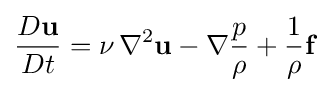
{\frac {D\mathbf {u} }{Dt}}=\nu \,\nabla ^{2}\mathbf {u} -\nabla {\frac {p}{\rho }}+{\frac {1}{\rho }}\mathbf {f}